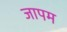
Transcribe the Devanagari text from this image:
जापम